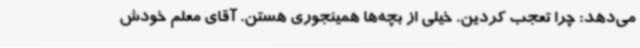
می‌دهد: چرا تعجب کردین. خیلی از بچه‌ها همینجوری هستن. آقای معلم خودش